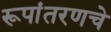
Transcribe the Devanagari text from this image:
रूपांतरणचे